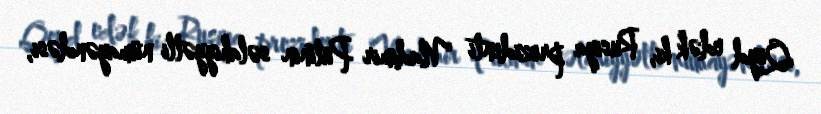
Qeyd edək ki, Rusiya prezidenti Vladimir Putinin səlahiyyətli nümayəndəsi,